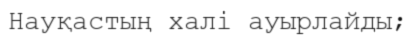
Науқастың халі ауырлайды;